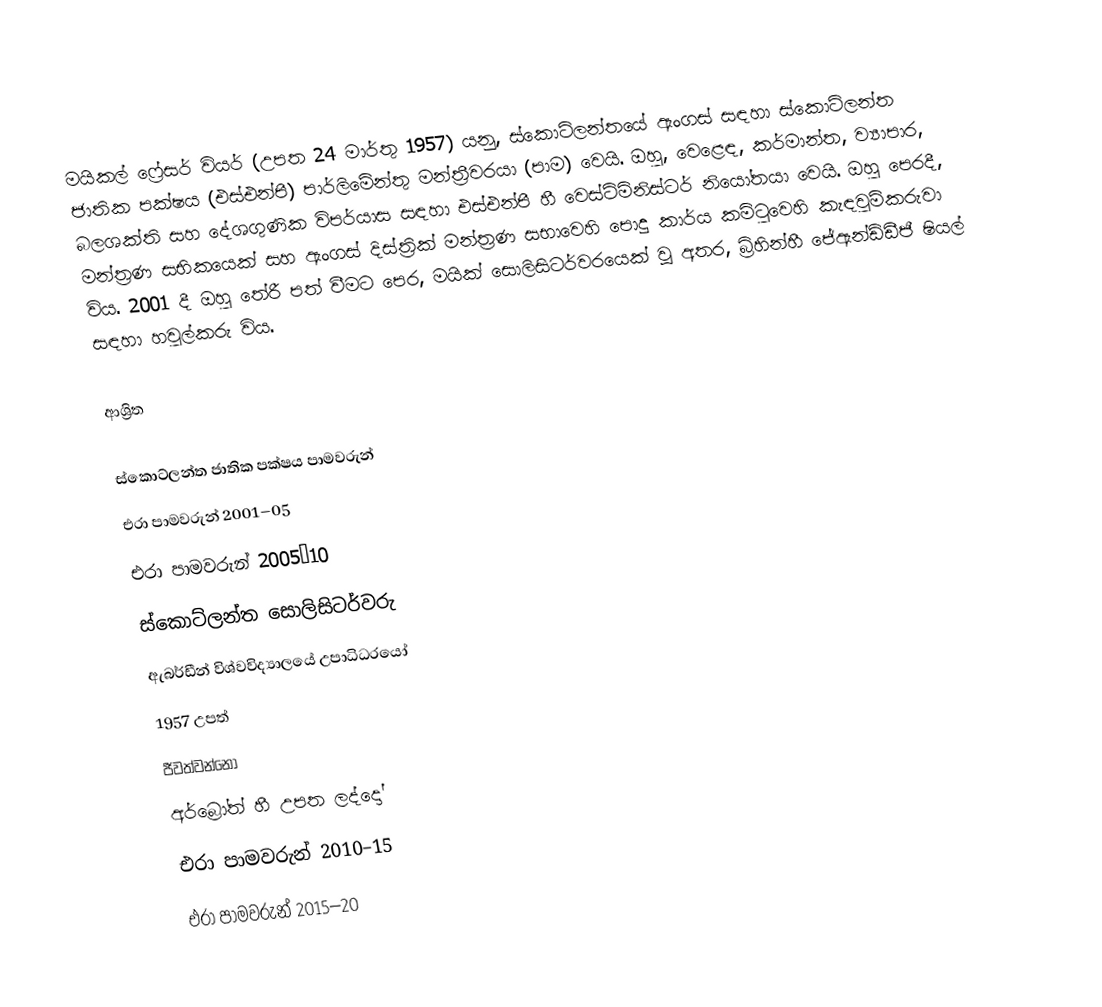
මයිකල් ෆ්‍රේසර් වියර් (උපත 24 මාර්තු 1957) යනු,  ස්කොට්ලන්තයේ ඇංගස් සඳහා ස්කොට්ලන්ත ජාතික පක්ෂය (එස්එන්පී) පාර්ලිමේන්තු මන්ත්‍රීවරයා (පාම) වෙයි. ඔහු,  වෙළෙඳ, කර්මාන්ත, ව්‍යාපාර, බලශක්ති සහ දේශගුණික විපර්යාස සඳහා එස්එන්පී හී වෙස්ට්මිනිස්ටර් නියෝතයා වෙයි. ඔහු පෙරදී,  මන්ත්‍රණ සභිකයෙක් සහ  ඇංගස් දිස්ත්‍රික්  මන්ත්‍රණ සභාවෙහි පොදු කාර්ය කමිටුවෙහි කැඳවුම්කරුවා විය. 2001 දී ඔහු තේරී පත් වීමට පෙර, මයික් සොලිසිටර්වරයෙක් වූ අතර,  බ්‍රිහින්හී ජේඇන්ඩ්ඩීජී ෂියල් සඳහා හවුල්කරු විය.

ආශ්‍රිත

ස්කොට්ලන්ත ජාතික පක්ෂය පාමවරුන්
එරා පාමවරුන් 2001–05
එරා පාමවරුන් 2005–10
ස්කොට්ලන්ත සොලිසිටර්වරු
 ඇබර්ඩීන් විශ්වවිද්‍යාලයේ උපාධිධරයෝ
1957 උපත්
ජීවත්වන්නෝ
 අර්බ්‍රෝත් හී උපත ලද්දෝ
එරා පාමවරුන් 2010–15
එරා පාමවරුන් 2015–20